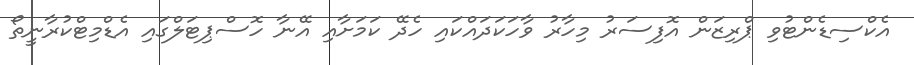
އެކްސިޑެންޓުވި ޕްރިޒަން އޮފިސަރު މިހާރު ވާހަކަދައްކައި ހެދޭ ކަމަށާއި އޭނާ ހޮސްޕިޓަލްގައި އެޑްމިޓްކުރާނީތޯ